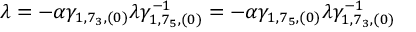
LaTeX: \lambda = - \alpha \gamma _ { 1 , 7 _ { 3 } , ( 0 ) } \lambda \gamma _ { 1 , 7 _ { 5 } , ( 0 ) } ^ { - 1 } = - \alpha \gamma _ { 1 , 7 _ { 5 } , ( 0 ) } \lambda \gamma _ { 1 , 7 _ { 3 } , ( 0 ) } ^ { - 1 }